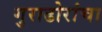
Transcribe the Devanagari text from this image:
गुराढोरांचा